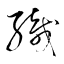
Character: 織